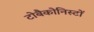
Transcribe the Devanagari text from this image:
टोबैकोनिस्टों